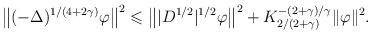
LaTeX: \begin{align*} \big\|(-\Delta)^{1/(4 +2\gamma)}\varphi\big\|^2 \leqslant \big\||D^{1/2}|^{1/2}\varphi\big\|^2 +K_{2/(2 +\gamma)}^{-(2 +\gamma)/\gamma}\|\varphi\|^2.\end{align*}